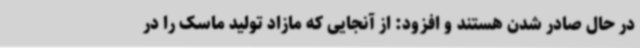
در حال صادر شدن هستند و افزود: از آنجایی که مازاد تولید ماسک‌ را در